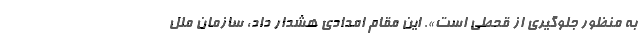
به منظور جلوگیری از قحطی است». این مقام امدادی هشدار داد، سازمان ملل